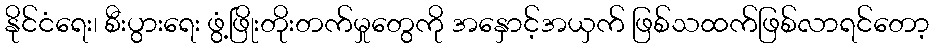
နိုင်ငံရေး၊ စီးပွားရေး ဖွံ့ဖြိုးတိုးတက်မှုတွေကို အနှောင့်အယှက် ဖြစ်သထက်ဖြစ်လာရင်တော့